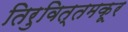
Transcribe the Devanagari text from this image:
तिरुवित्तमकूर